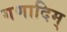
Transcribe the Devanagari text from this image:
गणादिम्